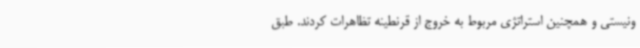
ونیستی و همچنین استراتژی مربوط به خروج از قرنطینه تظاهرات کردند. طبق